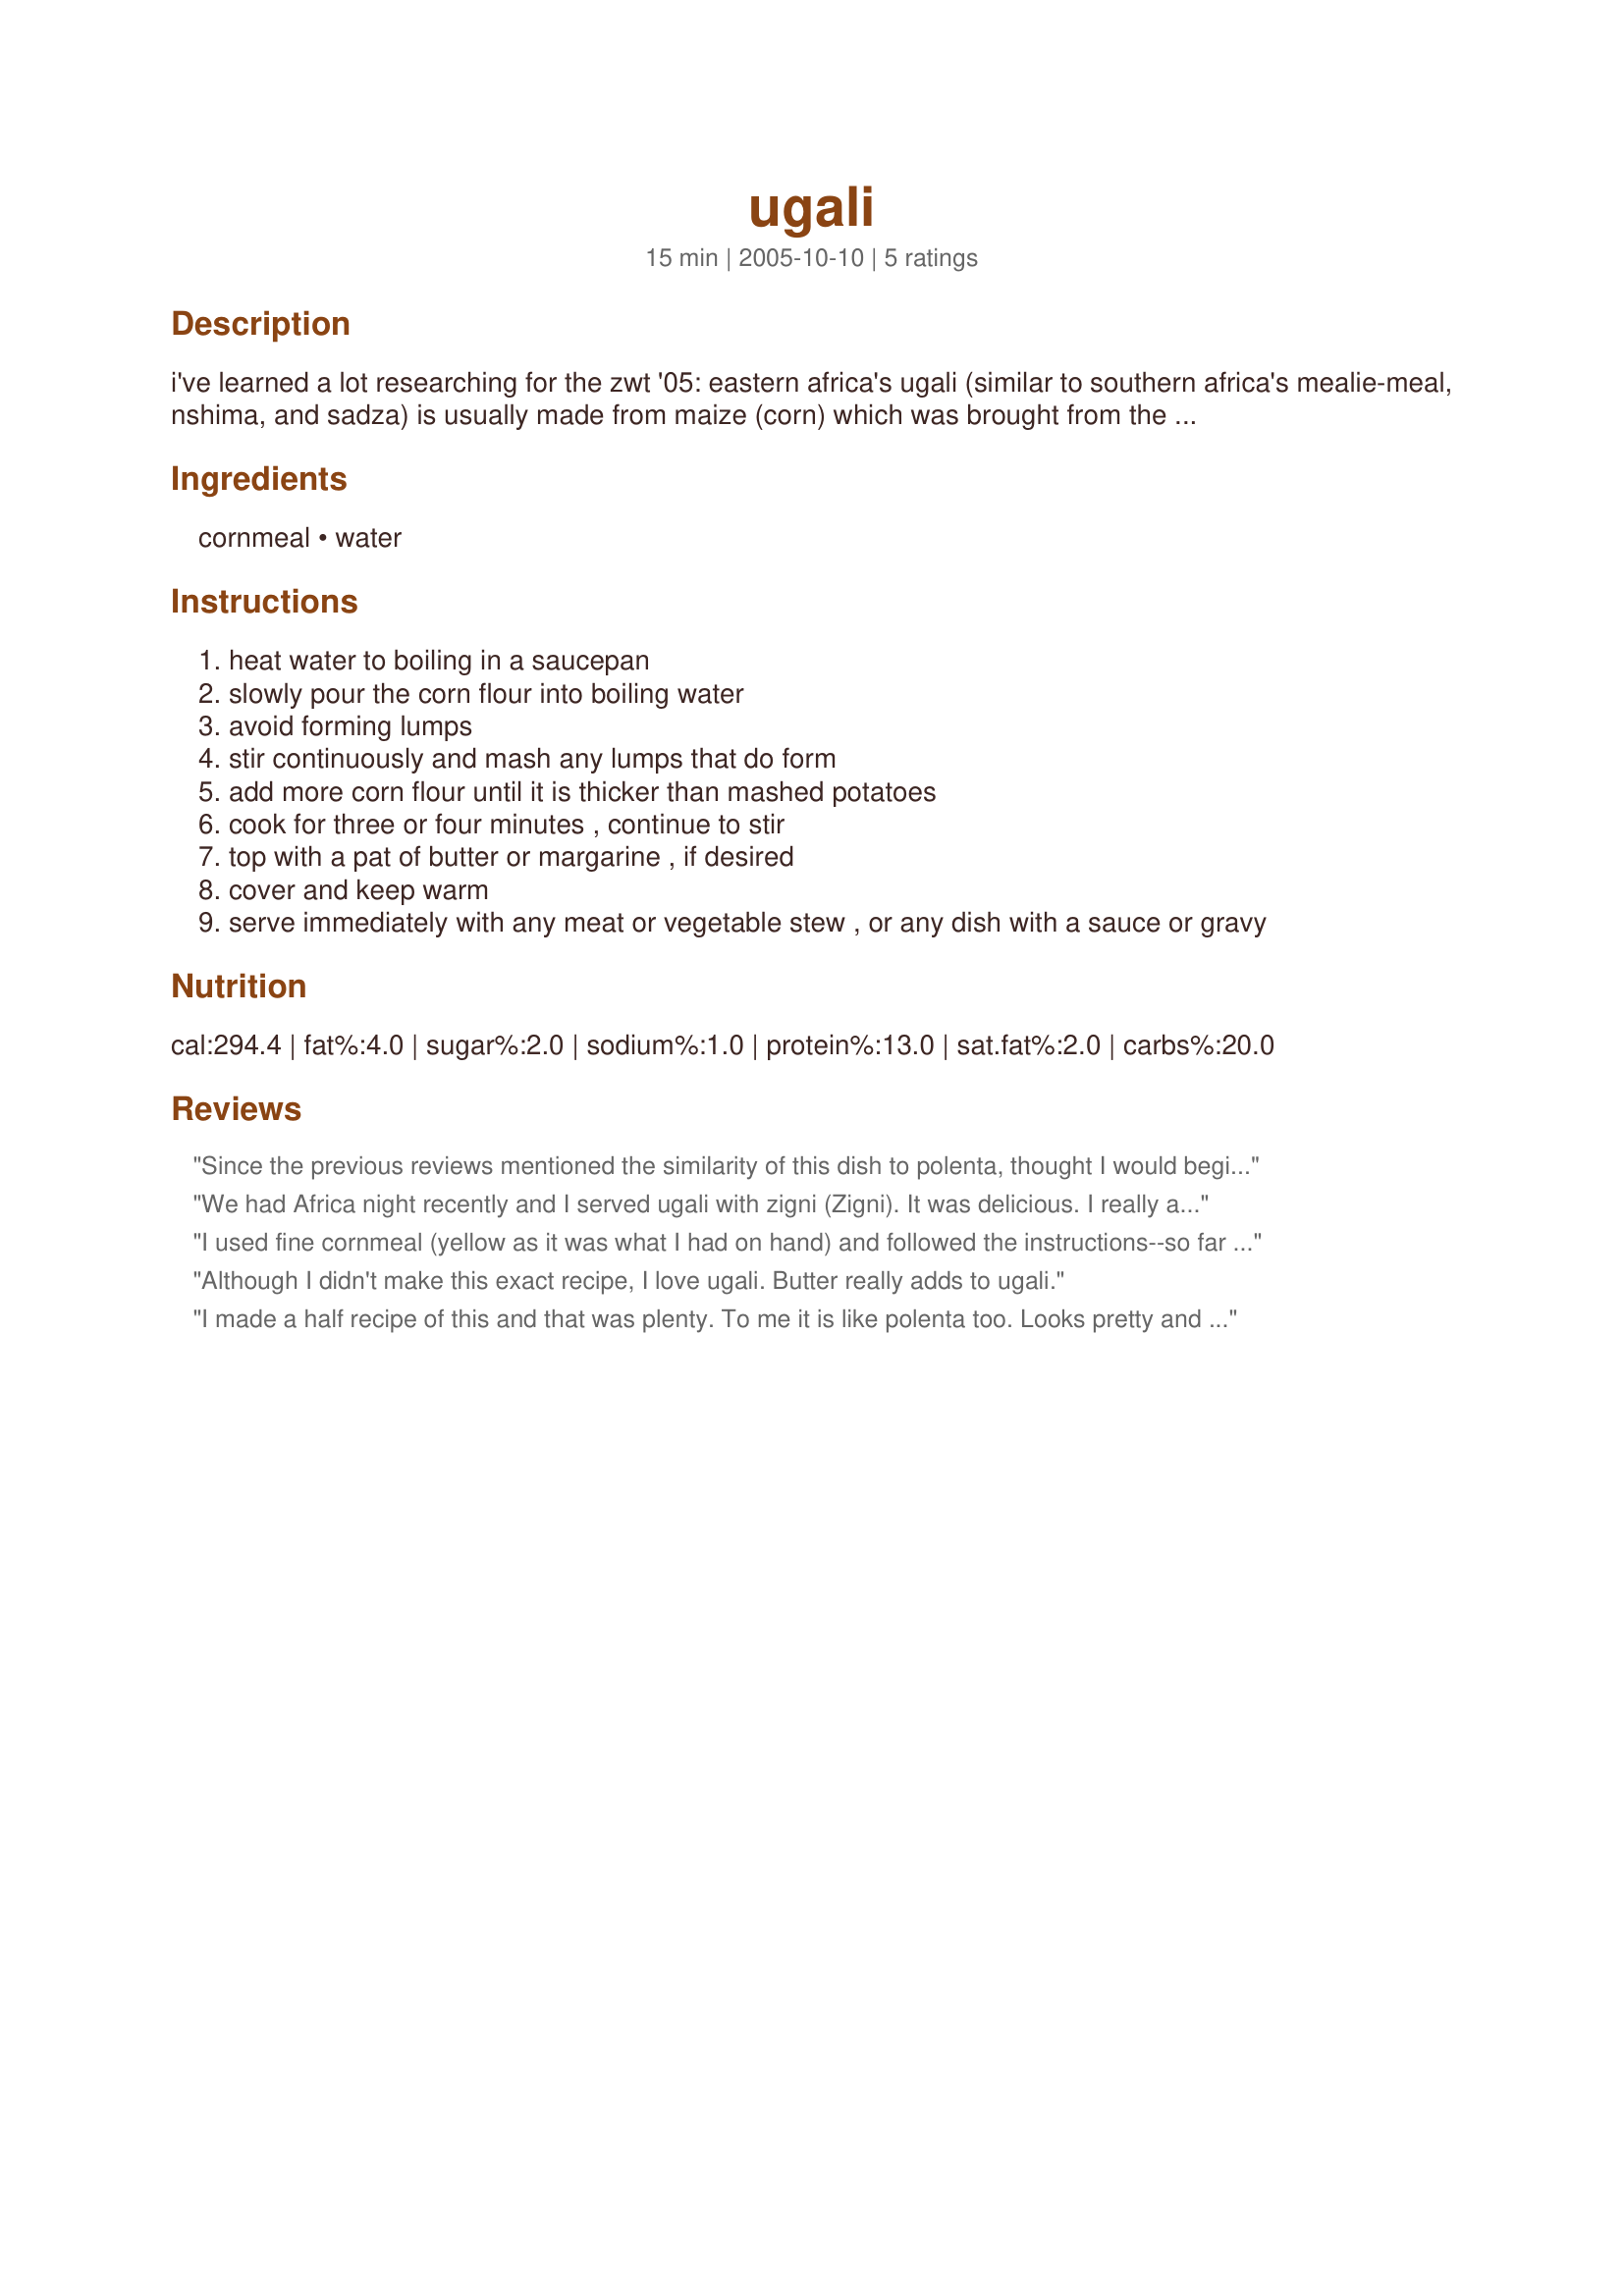
ugali
Preparation time: 15 minutes

i've learned a lot researching for the zwt '05:

eastern africa's ugali (similar to southern africa's mealie-meal, nshima, and sadza) is usually made from maize (corn) which was brought from the americas to africa by europeans. previously it was made from millet. these starchy fufu-like "foundations" are the eastern african versions of western african staples like fufu (which is generally made from yams, plantains, or cassava tubers) and banku, kenkey, or tô. -- they are all starchy accompaniments for the african soup or stew or sauce, or other dishes with sauce or gravy. they are generally made by boiling and vigorously stirring a starchy ingredient into a thick, smooth mush. many africans feel they haven't had a meal unless they have eaten fufu or ugali with a sauce or stew.

Ingredients:
cornmeal, water

Steps:
heat water to boiling in a saucepan
slowly pour the corn flour into boiling water
avoid forming lumps
stir continuously and mash any lumps that do form
add more corn flour until it is thicker than mashed potatoes
cook for three or four minutes , continue to stir
top with a pat of butter or margarine , if desired
cover and keep warm
serve immediately with any meat or vegetable stew , or any dish with a sauce or gravy

Reviews:
Since the previous reviews mentioned the similarity of this dish to polenta, thought I would begin by chiming in. Though the basic ingredients are the same, my results were rather different in texture. Polenta coats a spoon when cooked and can be poured if you are looking to chill it. My ugali was much thicker and would actually sit on the spoon and even thick and chunky enough to pick up with a fork. Served this with leftover Recipe #215110 as a filling and pleasing lunch. I enjoyed that the cornmeal was thick as it sat below my stew rather than melting into it. Thanks Elmotoo.
We had Africa night recently and I served ugali with zigni (<a href="/31076">Zigni</a>). It was delicious. I really appreciate how informative this posting is and how clear and detailed the instructions are. Couldn't find the fine corn flour and used medium, but will stay on the lookout for fine grind. Thank you sooo much for a good posting.
I used fine cornmeal (yellow as it was what I had on hand) and followed the instructions--so far as I can tell, this is no different from plain polenta--and delicious served with the Yetakelt W'et (spicy mixed vegetable stew) Recipe #13930.
Although I didn't make this exact recipe, I love ugali. Butter really adds to ugali.
I made a half recipe of this and that was plenty. To me it is like polenta too. Looks pretty and a pleasant change.
